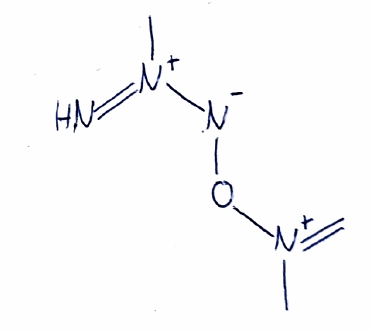
Simplified molecular-input line-entry system (SMILES) notation of the given molecule:
C[N+](=C)O[N-][N+](=N)C